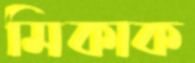
মিকাক